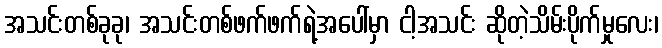
အသင်းတစ်ခုခု၊ အသင်းတစ်ဖက်ဖက်ရဲ့အပေါ်မှာ ငါ့အသင်း ဆိုတဲ့သိမ်းပိုက်မှုလေး၊